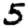
Digit: 5